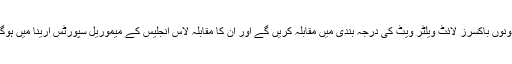
دونوں باکسرز لائٹ ویلٹر ویٹ کی درجہ بندی میں مقابلہ کریں گے اور ان کا مقابلہ لاس انجلیس کے میموریل سپورٹس ارینا میں ہوگا۔